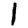
Digit: 1